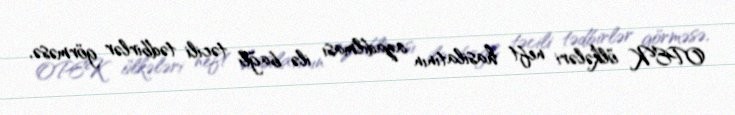
OPEK ölkələri neft hasilatının azadılması ilə bağlı təcili tədbirlər görməsə,